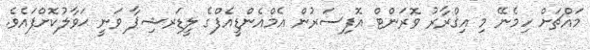
މައްޗަށް ހިމެނޭ މި އިޤްރާރު ވޮރަންޓް އޮފިސަރުން އެމްއެންޑީއެފްގެ ލީޑަރޝިޕާ ވަނީ ޙަވާލުކޮށްފައެވެ.